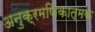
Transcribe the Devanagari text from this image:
अनुक्रमणिकात्मक